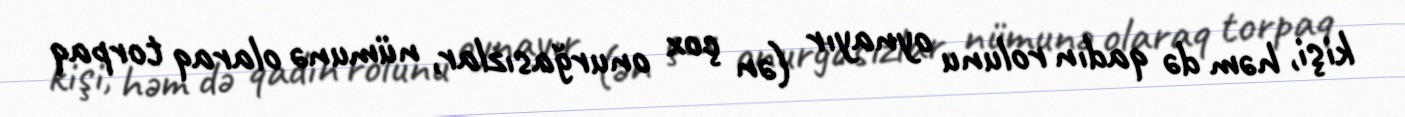
kişi, həm də qadın rolunu oynayır (ən çox onurğasızlar, nümunə olaraq torpaq